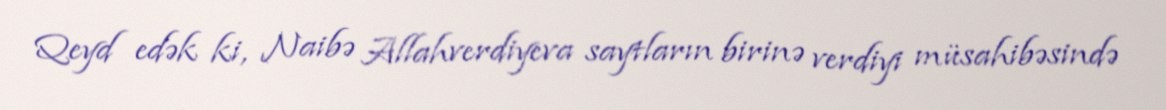
Qeyd edək ki, Naibə Allahverdiyeva saytların birinə verdiyi müsahibəsində